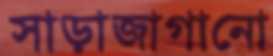
সাড়াজাগানো